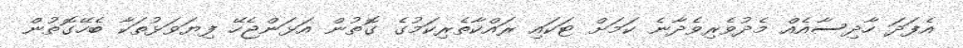
އެފަދަ ހާދިސާއެއް މެދުވެރިވެދާނެ ކަމަށް ޓަކައި ރައްކާތެރިކަމުގެ ގޮތުން އަޅަންޖެހޭ ފިޔަވަޅުތަކާ ބެހޭގޮތުން